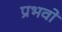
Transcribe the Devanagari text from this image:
प्रभवो